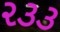
૨૩૩